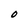
Character: O